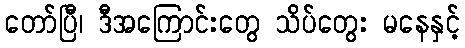
တော်ပြီ၊ ဒီအကြောင်းတွေ သိပ်တွေး မနေနှင့်